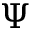
\Psi